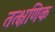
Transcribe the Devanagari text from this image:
तत्क्षणिक